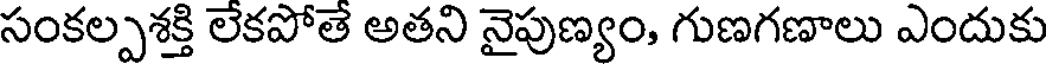
సంకల్పశక్తి లేకపోతే అతని నైపుణ్యం, గుణగణాలు ఎందుకు